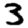
Digit: 3